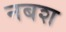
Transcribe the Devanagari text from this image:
नबश